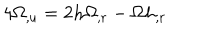
LaTeX: 4 \Omega _ { , u } = 2 h \Omega _ { , r } - \Omega h _ { , r }